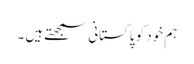
ہم خود کو پاکستانی سمجھتے ہیں ۔